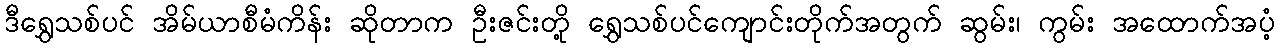
ဒီရွှေသစ်ပင် အိမ်ယာစီမံကိန်း ဆိုတာက ဦးဇင်းတို့ ရွှေသစ်ပင်ကျောင်းတိုက်အတွက် ဆွမ်း၊ ကွမ်း အထောက်အပံ့